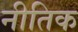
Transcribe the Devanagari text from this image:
नीतिक